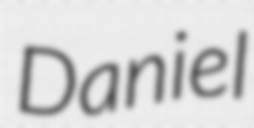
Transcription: Daniel